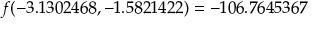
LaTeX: f ( - 3 . 1 3 0 2 4 6 8 , - 1 . 5 8 2 1 4 2 2 ) = - 1 0 6 . 7 6 4 5 3 6 7